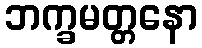
ဘက္ခမတ္တနော